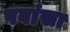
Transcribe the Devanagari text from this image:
पवांसा